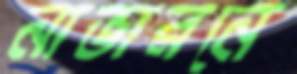
নাভারনে